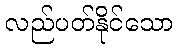
လည်ပတ်နိုင်သော